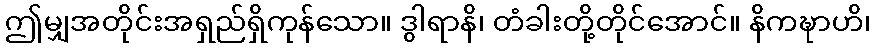
ဤမျှအတိုင်းအရှည်ရှိကုန်သော။ ဒွါရာနိ၊ တံခါးတို့တိုင်အောင်။ နိကဍ္ဎာဟိ၊